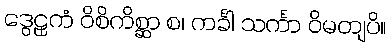
ဒွေဠှကံ ဝိစိကိစ္ဆာ စ၊ ကင်္ခါ သင်္ကာ ဝိမတျပိ။